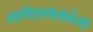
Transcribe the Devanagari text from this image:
गणेशभक्तांना